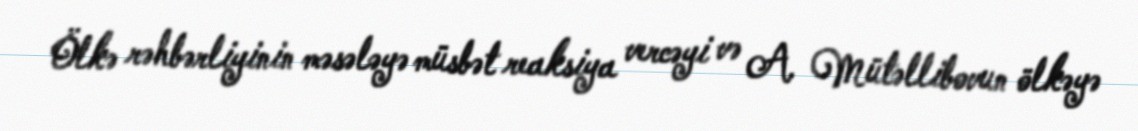
Ölkə rəhbərliyinin məsələyə müsbət reaksiya vercəyi və A. Mütəllibovun ölkəyə